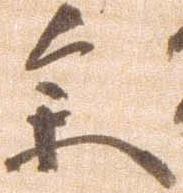
参